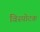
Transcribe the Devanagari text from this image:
विस्पोटक